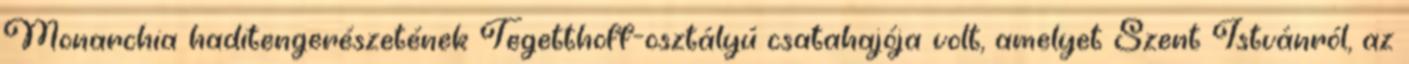
Monarchia haditengerészetének Tegetthoff-osztályú csatahajója volt, amelyet Szent Istvánról, az